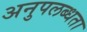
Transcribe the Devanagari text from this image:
अनुपलब्‍धता